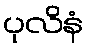
ပုလိနံ